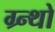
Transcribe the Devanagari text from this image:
ग्र्न्थो